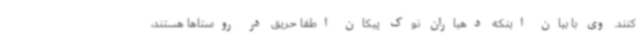
کنند. وی با بیان اینکه دهیاران نوک پیکان اطفا حریق در روستاها هستند،